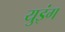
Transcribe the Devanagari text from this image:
युइंग